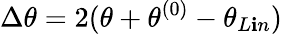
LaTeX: \Delta\theta=2(\theta+\theta^{(0)}-\theta_{L\mathbf{i}n})